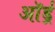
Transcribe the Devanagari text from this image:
ऑर्ड्र